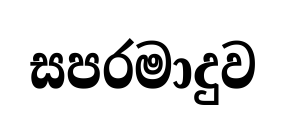
සපරමාදුව